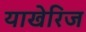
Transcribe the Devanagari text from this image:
याखेरिज